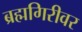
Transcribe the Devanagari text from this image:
ब्रह्मगिरीवर